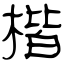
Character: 楷